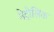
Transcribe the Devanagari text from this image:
मेट्रोलिंक